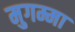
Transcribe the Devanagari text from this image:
मुगम्मा